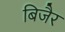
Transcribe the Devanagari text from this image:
बिजैर